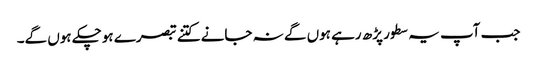
جب آپ یہ سطور پڑھ رہے ہوں گے نہ جانے کتنے تبصرے ہوچکے ہوں گے۔